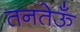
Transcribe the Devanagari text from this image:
तनतेऊँ